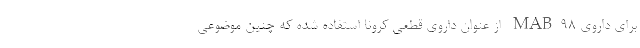
برای داروی MAB۹۸ از عنوان داروی قطعی کرونا استفاده شده که چنین موضوعی